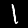
Digit: 1